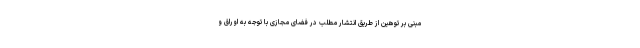
مبنی بر توهین از طریق انتشار مطلب در فضای مجازی با توجه به اوراق و